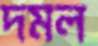
দমল